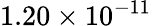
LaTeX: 1.20\times 10^{-11}